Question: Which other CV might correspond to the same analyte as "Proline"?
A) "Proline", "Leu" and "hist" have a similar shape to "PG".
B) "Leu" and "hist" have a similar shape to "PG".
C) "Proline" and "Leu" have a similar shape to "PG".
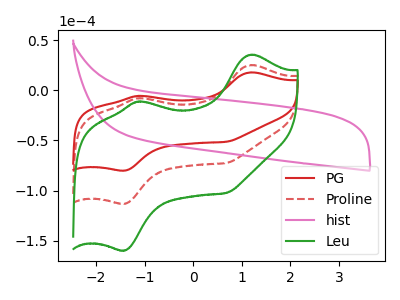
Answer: <think>The red curve "PG" has anodic peaks at (1.20V, 17.75uA) (-1.10V, -5.60uA) and cathodic peaks at (-1.45V, -80.10uA) (0.70V, -51.35uA). The red dashed curve "Proline" has anodic peaks at (1.20V, 25.10uA) (-1.10V, -7.95uA) and cathodic peaks at (-1.45V, -113.10uA) (0.70V, -72.50uA). The pink curve "hist" has no peaks. The green curve "Leu" has anodic peaks at (1.20V, 50.20uA) (-1.10V, -15.90uA) and cathodic peaks at (-1.45V, -226.25uA) (0.70V, -145.05uA).
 All the peaks in "PG" have a peak in "Proline" at the same potential. "PG" and "hist" have a different number of peaks. All the peaks in "PG" have a peak in "Leu" at the same potential. "Proline" and "hist" have a different number of peaks. All the peaks in "Proline" have a peak in "Leu" at the same potential. "hist" and "Leu" have a different number of peaks.</think>
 <answer>C) "Proline" and "Leu" have a similar shape to "PG".</answer>
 <eval>C</eval>